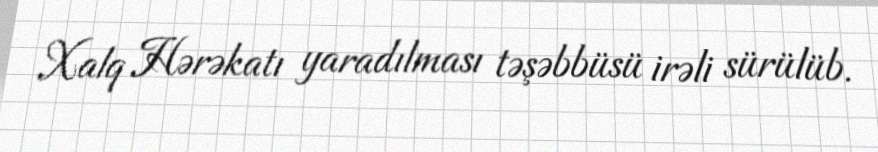
Xalq Hərəkatı yaradılması təşəbbüsü irəli sürülüb.